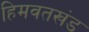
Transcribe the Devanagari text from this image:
हिमवतखंड